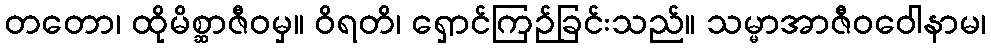
တတော၊ ထိုမိစ္ဆာဇီဝမှ။ ဝိရတိ၊ ရှောင်ကြဉ်ခြင်းသည်။ သမ္မာအာဇီဝဝေါနာမ၊